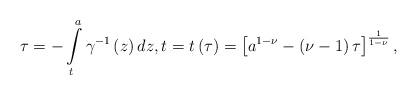
LaTeX: \begin{align*}\tau =-\int\limits_{t}^{a}\gamma ^{-1}\left( z\right) dz,t=t\left(\tau \right) =\left[ a^{1-\nu }-\left( \nu -1\right) \tau \right] ^{\frac{1}{1-\nu }}, \end{align*}